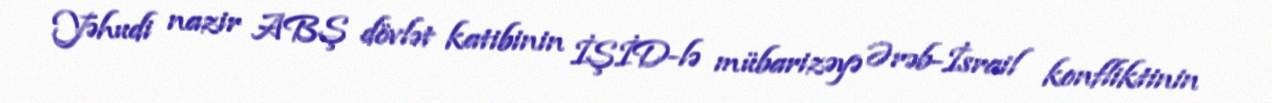
Yəhudi nazir ABŞ dövlət katibinin İŞİD-lə mübarizəyə Ərəb-İsrail konfliktinin